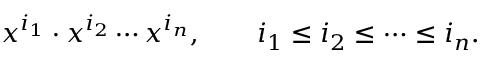
x ^ { i _ { 1 } } \cdot x ^ { i _ { 2 } } \cdots x ^ { i _ { n } } , \qquad i _ { 1 } \leq i _ { 2 } \leq \cdots \leq i _ { n } .